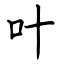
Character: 叶